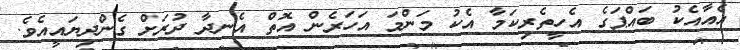
އެއާއެކު ބައްޕަގެ އެހީތެރިކަމާ އެކު މަންމަ އަހަރެން އޮތް އެނދާ ދުރަށް ގެންދިޔައީއެވެ.